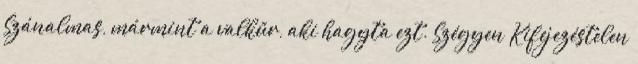
Szánalmas, mármint a valkűr, aki hagyta ezt. Szégyen Kifejezéstelen